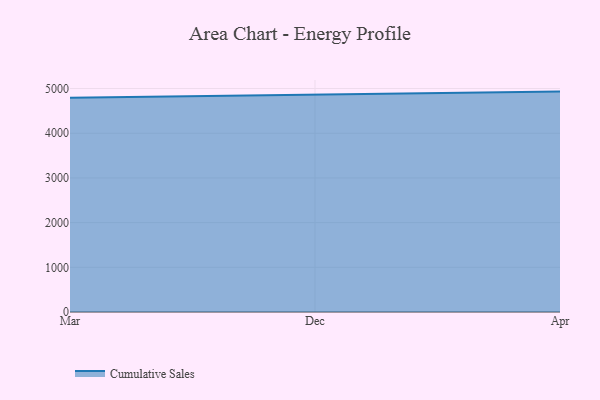
{"axis": {"x": "Month", "y": "LTV (USD)"}, "legend": ["Cumulative Sales"], "data": [{"x": "Mar", "y": 4792.2, "type": "Cumulative Sales"}, {"x": "Dec", "y": 4855.5, "type": "Cumulative Sales"}, {"x": "Apr", "y": 4932.0, "type": "Cumulative Sales"}]}